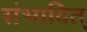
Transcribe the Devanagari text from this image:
संभादित्